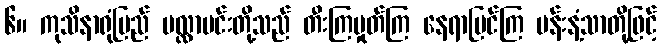
၆။ ကုသိနာရုံပြည် မလ္လာမင်းတို့သည် တီးကြမှုတ်ကြ နေရာပြင်ကြ ပန်းနံ့သာတို့ဖြင့်